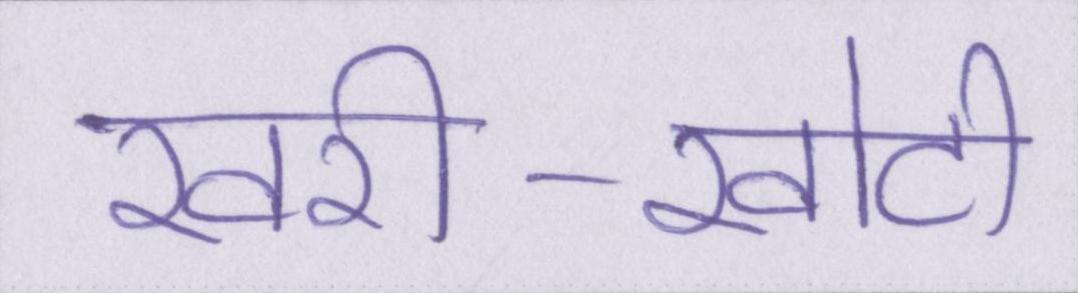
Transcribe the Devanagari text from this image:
खरी-खोटी